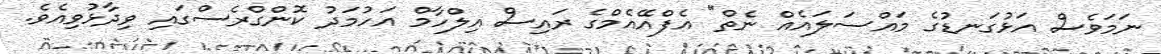
ނަމަވެސް އަޅުގަނޑުގެ މައްސަލައެއް ނެތް" އެފްއޭއެމްގެ ރައިސް އިލްހާމް އަހުމަދު ކޮންގްރެސްގައި ވިދާޅުވިއެވެ.